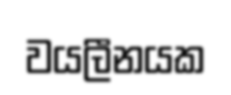
වයලීනයක